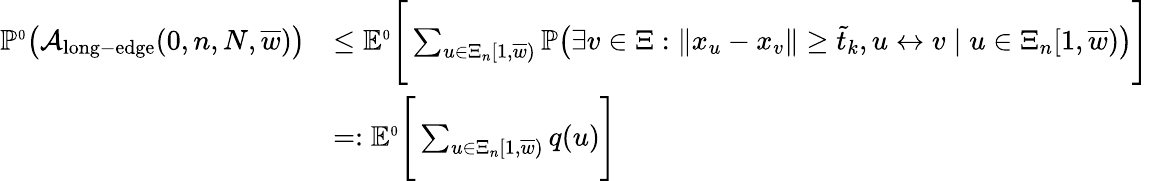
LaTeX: \begin{array}{rl}{\mathbb{P}^{\scriptscriptstyle 0}\big({\mathcal A}_{\mathrm{long-edge}}(0,n,N,\overline{{w}})\big)}&{\le\mathbb E^{\scriptscriptstyle 0}\Bigg[\sum_{u\in\Xi_{n}[1,\overline{{w}})}\mathbb{P}\big(\exists v\in\Xi:\| x_{u}-x_{v}\| \ge\tilde{t}_{k},u\leftrightarrow v\mid u\in\Xi_{n}[1,\overline{{w}})\big)\Bigg]}\\ &{=:\mathbb E^{\scriptscriptstyle 0}\Bigg[\sum_{u\in\Xi_{n}[1,\overline{{w}})}q(u)\Bigg]}\end{array}